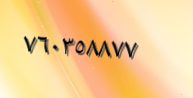
٧٦٠٣٥٨٨٧٧